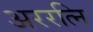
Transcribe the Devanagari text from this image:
अररत्नि